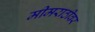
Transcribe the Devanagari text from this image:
मीमराठीवर